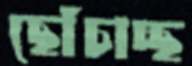
ছোঁচাচ্ছ